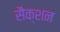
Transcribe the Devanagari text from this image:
सैक्‍शन